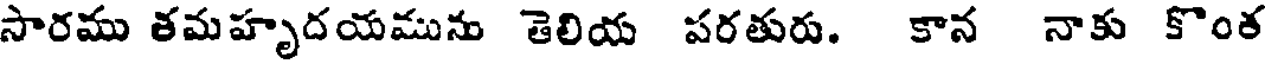
సారము తమహృదయమును తెలియ పరతురు. కాన నాకు కొంత